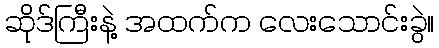
ဆိုဒ်ကြီးနဲ့ အထက်က လေးသောင်းခွဲ။